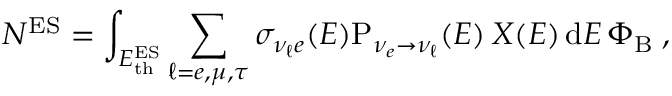
N ^ { \mathrm { E S } } = \int _ { { E _ { \mathrm { t h } } ^ { \mathrm { E S } } } } \sum _ { \ell = e , \mu , \tau } \sigma _ { \nu _ { \ell } e } ( E ) \mathrm { P } _ { \nu _ { e } \to \nu _ { \ell } } ( E ) \, X ( E ) \, { \mathrm { d } } E \, \Phi _ { \mathrm { B } } \; ,